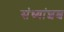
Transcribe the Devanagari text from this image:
संध्यांशश्च